Annual report of the Punjab Veterinary College and of the Civil Veterinary Department, Punjab - 1920-1925
Year: 1920
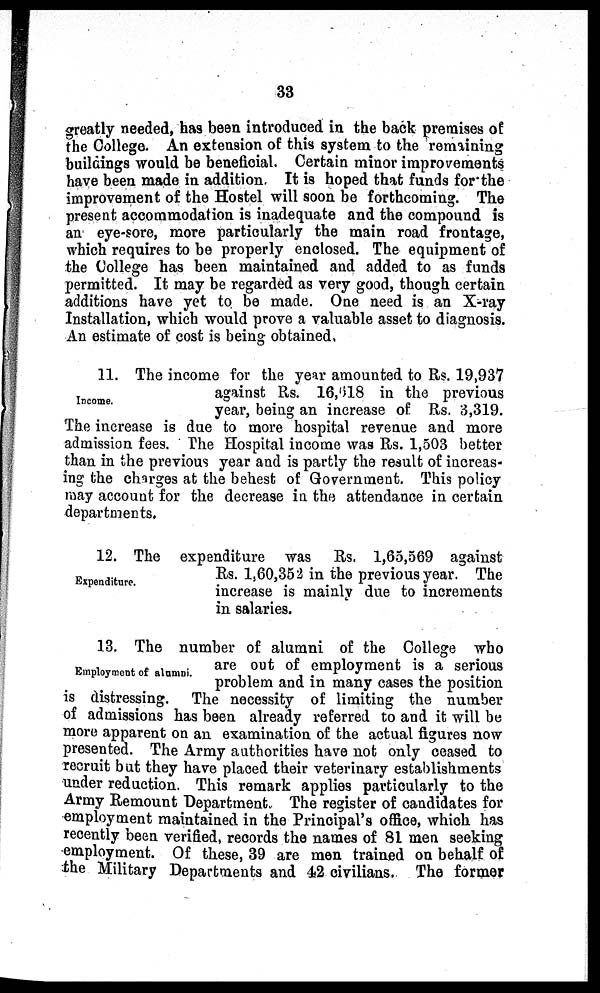
33
greatly needed, has been introduced in the back premises of
the College. An extension of this system to the remaining
buildings would be beneficial. Certain minor improvements
have been made in addition. It is hoped that funds for the
improvement of the Hostel will soon be forthcoming. The
present accommodation is inadequate and the compound is
an eye-sore, more particularly the main road frontage,
which requires to be properly enclosed. The equipment of
the College has been maintained and added to as funds
permitted. It may be regarded as very good, though certain
additions have yet to be made. One need is an X-ray
Installation, which would prove a valuable asset to diagnosis.
An estimate of cost is being obtained.
Income.
11. The income for the year amounted to Rs. 19,937
against Rs. 16,518 in the previous
year, being an increase of Rs. 3,319.
The increase is due to more hospital revenue and more
admission fees. The Hospital income was Rs. 1,503 better
than in the previous year and is partly the result of increas-
ing the charges at the behest of Government. This policy
may account for the decrease in the attendance in certain
departments.
Expenditure.
12. The expenditure was Rs. 1,65,569 against
Rs. 1,60,352 in the previous year. The
increase is mainly due to increments
in salaries.
Employment of alamni.
13. The number of alumni of the College who
are out of employment is a serious
problem and in many cases the position
is distressing. The necessity of limiting the number
of admissions has been already referred to and it will be
more apparent on an examination of the actual figures now
presented. The Army authorities have not only ceased to
recruit but they have placed their veterinary establishments
under reduction. This remark applies particularly to the
Army Remount Department. The register of candidates for
employment maintained in the Principal's office, which has
recently been verified, records the names of 81 men seeking
employment. Of these, 39 are men trained on behalf of
the Military Departments and 42 civilians. The former